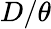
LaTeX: D/\theta